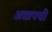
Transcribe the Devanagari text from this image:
अद्यापची